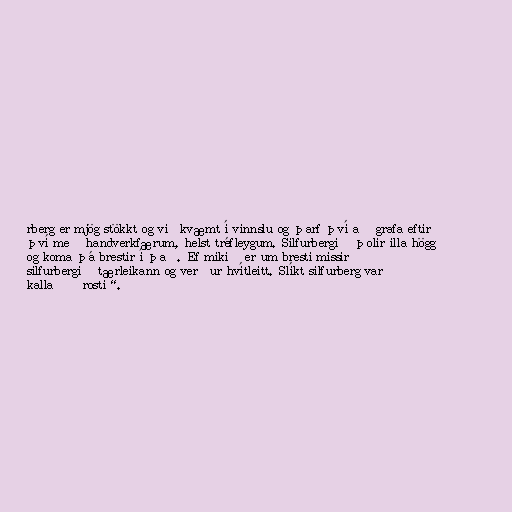
rberg er mjög stökkt og viðkvæmt í vinnslu og þarf því að grafa eftir
því með handverkfærum, helst tréfleygum. Silfurbergið þolir illa högg
og koma þá brestir í það. Ef mikið er um bresti missir
silfurbergið tærleikann og verður hvítleitt. Slíkt silfurberg var
kallað „rosti“.